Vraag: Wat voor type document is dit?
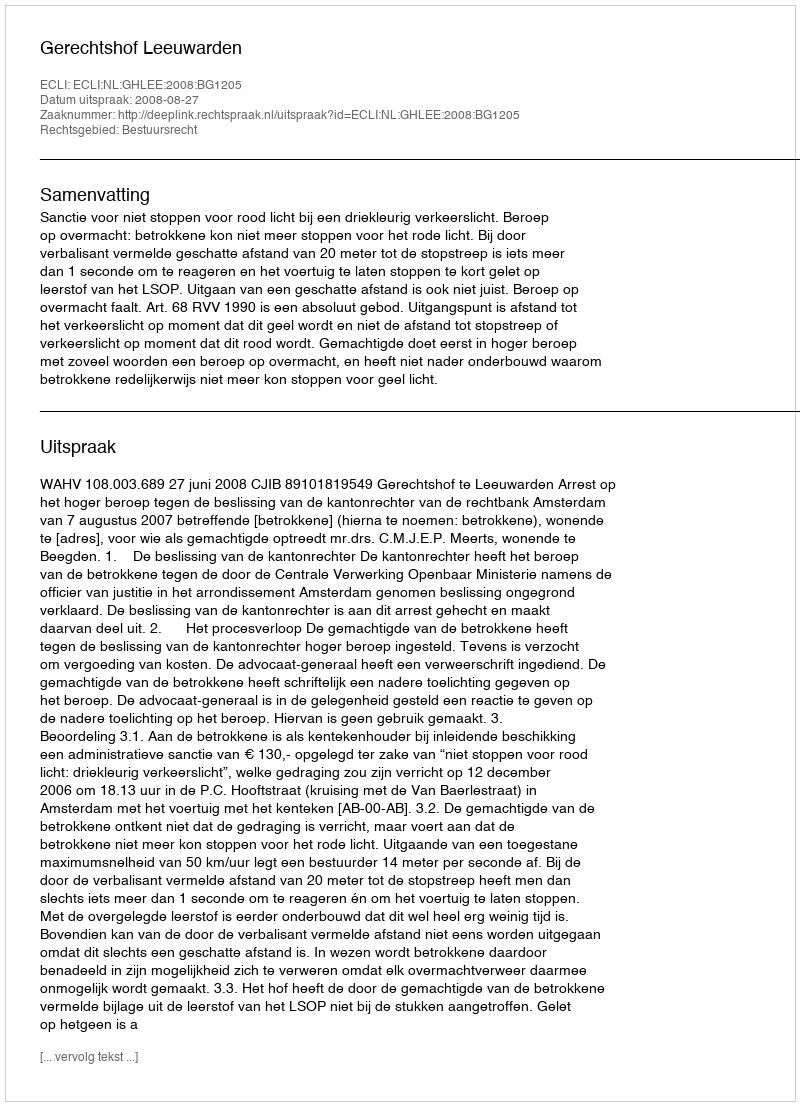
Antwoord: Uitspraak